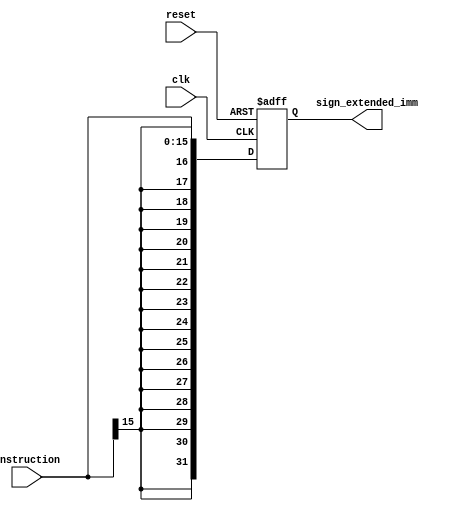
module SignExtendImmediate (
    input wire clk,                 // Clock input
    input wire reset,               // Reset input
    input wire [15:0] instruction,  // Input instruction with immediate field
    output wire [31:0] sign_extended_imm  // Output sign-extended immediate
);

    reg [31:0] sign_extended_imm_reg;  // Register to hold the sign-extended immediate value

    always @(posedge clk or posedge reset) begin
        if (reset) begin
            // Reset the sign-extended immediate to all zeros
            sign_extended_imm_reg <= 32'b0;
        end else begin
            // Sign-extend the immediate value by replicating the most significant bit
            sign_extended_imm_reg <= {{16{instruction[15]}}, instruction[15:0]};
        end
    end

    // Output the sign-extended immediate value
    assign sign_extended_imm = sign_extended_imm_reg;

endmodule